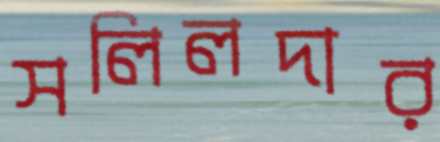
সলিলদার